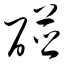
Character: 碰